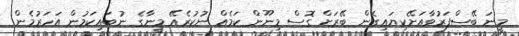
މީނަ ބޭސްފަރުވާއަށޭކިޔައިގެން ބޭރަށް ގޮސް މިނޫން ކަމެއް ނުކުރެއޭ މީނާގެ ނުބައިކަމުން އަހަރުމެން